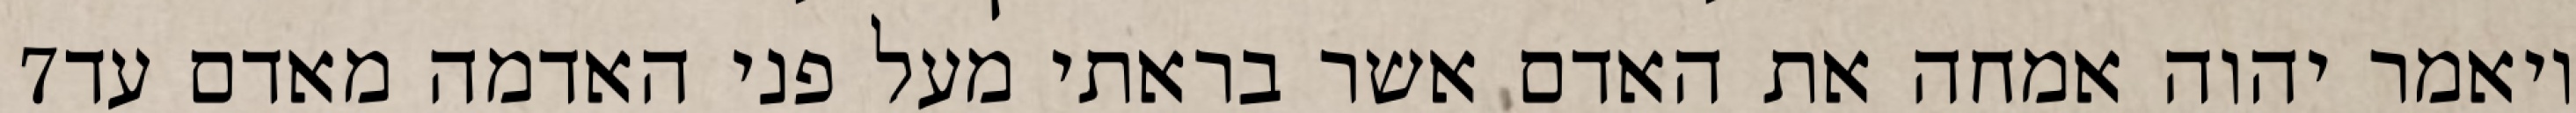
‎7‏ ויאמר יהוה אמחה את האדם אשר בראתי מעל פני האדמה מאדם עד